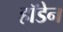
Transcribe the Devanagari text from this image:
हॉडेन